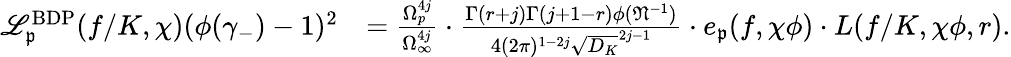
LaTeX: \begin{array}{rl}{\mathscr{L}_{\mathfrak{p}}^{\mathrm{BDP}}(f/K,\chi)(\phi(\gamma_{-})-1)^{2}}&{=\frac{\Omega_{p}^{4j}}{\Omega_{\infty}^{4j}}\cdot\frac{\Gamma(r+j)\Gamma(j+1-r)\phi(\mathfrak{N}^{-1})}{4(2\pi)^{1-2j}\sqrt{D_{K}}^{2j-1}}\cdot e_{\mathfrak{p}}(f,\chi\phi)\cdot L(f/K,\chi\phi,r).}\end{array}